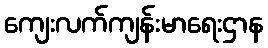
ကျေးလက်ကျန်းမာရေးဌာန